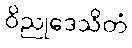
ဝိညုဒေသိတံ